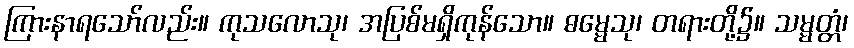
ကြားနာရသော်လည်း။ ကုသလောသု၊ အပြစ်မရှိကုန်သော။ ဓမ္မေသု၊ တရားတို့၌။ သမ္မတ္တံ၊